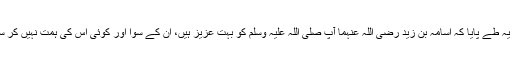
آخر یہ طے پایا کہ اسامہ بن زید رضی اللہ عنہما آپ صلی اللہ علیہ وسلم کو بہت عزیز ہیں، ان کے سوا اور کوئی اس کی ہمت نہیں کر سکتا۔